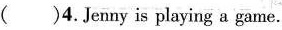
( )4.Jenny is playing a game.